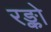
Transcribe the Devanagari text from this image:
रङ्को